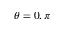
\theta = 0 , \pi